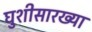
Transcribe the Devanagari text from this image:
घुशीसारख्या